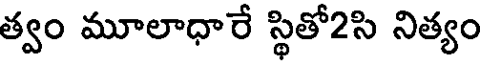
త్వం మూలాధారే స్థితో2సి నిత్యం